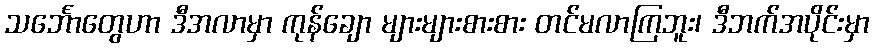
သင်္ဘောတွေဟာ ဒီအလာမှာ ကုန်ချော များများစားစား တင်မလာကြဘူး၊ ဒီဘက်အပိုင်းမှာ